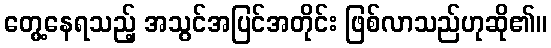
တွေ့နေရသည့် အသွင်အပြင်အတိုင်း ဖြစ်လာသည်ဟုဆို၏။